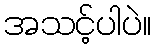
အသင့်ပါပဲ။